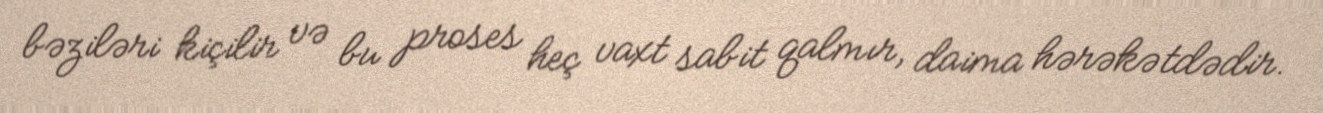
bəziləri kiçilir və bu proses heç vaxt sabit qalmır, daima hərəkətdədir.